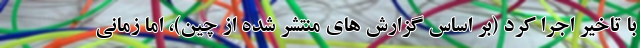
با تاخیر اجرا کرد (بر اساس گزارش های منتشر شده از چین)، اما زمانی